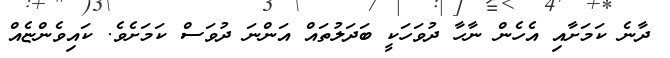
ދާނެ ކަމަށާއި އެހެން ނާހާ ދުވަހަކީ ބަދަލުތައް އަންނަ ދުވަސް ކަމަށެވެ. ކައިވެންޏެއް